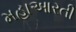
મહાઆરતી